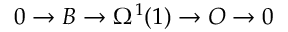
0 \rightarrow { \cal B } \rightarrow \Omega ^ { 1 } ( 1 ) \rightarrow { \cal O } \rightarrow 0